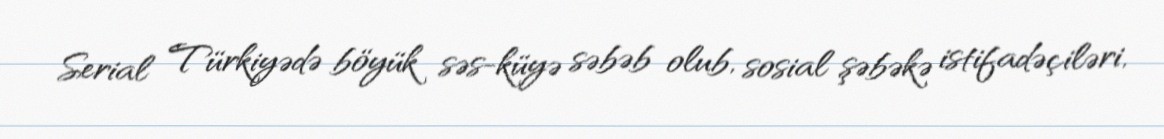
Serial Türkiyədə böyük səs-küyə səbəb olub, sosial şəbəkə istifadəçiləri,